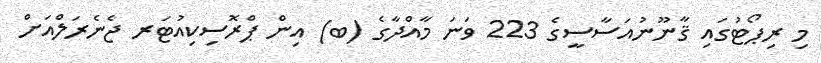
މި ރިޕޯޓުގައި ޤާނޫނުއަސާސީގެ 223 ވަނަ މާއްދާގެ (ބ) އިން ޕްރޮސިކިއުޓަރ ޖެނެރަލްއަށް